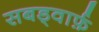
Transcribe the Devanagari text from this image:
सबड्वार्फ़